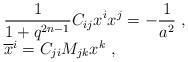
LaTeX: \begin{align*}\begin{array}{l}\displaystyle\frac{1}{1+q^{2n-1}}C_{ij}x^ix^j=-\frac{1}{a^2}~,\\{\overline x^i}=C_{ji}M_{jk}x^k~,\end{array}\end{align*}